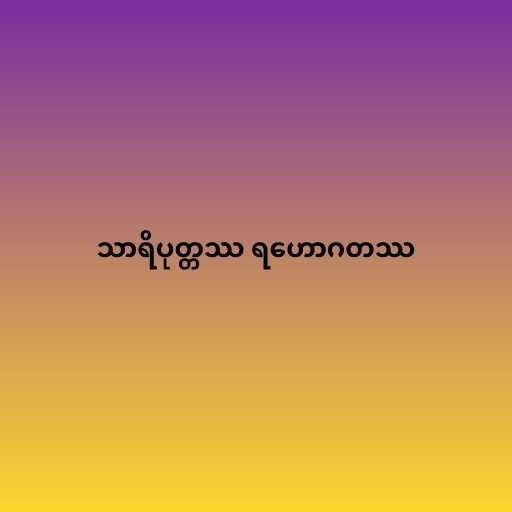
သာရိပုတ္တဿ ရဟောဂတဿ